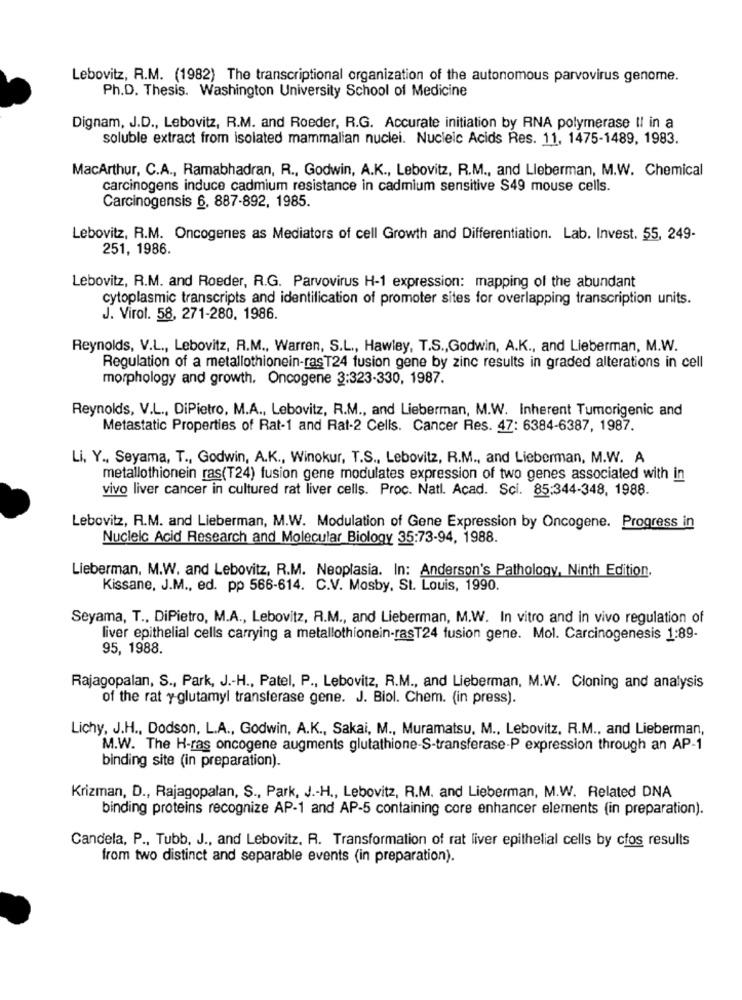
Lebovitz, R.M. (1982) The transcriptional organization of the autonomous parvovirus genome.
Ph.D. Thesis. Washington University School of Medicine
Dignam, J.D ., Lebovitz, R.M. and Roeder, R.G. Accurate initiation by RNA polymerase Il in a
soluble extract from isolated mammalian nuclei. Nucleic Acids Res. 11, 1475-1489, 1983.
MacArthur, C.A ., Ramabhadran, R ., Godwin, A.K ., Lebovitz, R.M ., and Lieberman, M.W. Chemical
carcinogens induce cadmium resistance in cadmium sensitive S49 mouse cells.
Carcinogensis 6, 887-892, 1985.
Lebovitz, R.M. Oncogenes as Mediators of cell Growth and Differentiation. Lab. Invest. 55, 249-
251, 1986.
Lebovitz, R.M. and Roeder, R.G. Parvovirus H-1 expression: mapping of the abundant
cytoplasmic transcripts and identification of promoter sites for overlapping transcription units.
J. Virol. 58, 271-280, 1986.
Reynolds, V.L ., Lebovitz, R.M ., Warren, S.L ., Hawley, T.S ., Godwin, A.K ., and Lieberman, M.W.
Regulation of a metallothionein-rasT24 fusion gene by zinc results in graded alterations in cell
morphology and growth. Oncogene 3:323-330, 1987.
Reynolds, V.L ., DiPietro, M.A ., Lebovitz, R.M ., and Lieberman, M.W. Inherent Tumorigenic and
Metastatic Properties of Rat-1 and Rat-2 Cells. Cancer Res. 47: 6384-6387, 1987.
Li, Y ., Seyama, T ., Godwin, A.K ., Winokur, T.S ., Lebovitz, R.M ., and Lieberman, M.W. A
metallothionein ras(T24) fusion gene modulates expression of two genes associated with in
vivo liver cancer in cultured rat liver cells. Proc. Natl. Acad. Sci. 85:344-348, 1988.
Lebovitz, R.M. and Lieberman, M.W. Modulation of Gene Expression by Oncogene. Progress in
Nucleic Acid Research and Molecular Biology 35:73-94, 1988.
Lieberman, M.W. and Lebovitz, R.M. Neoplasia. In: Anderson's Pathology, Ninth Edition.
Kissane, J.M ., ed. pp 566-614. C.V. Mosby, St. Louis, 1990.
Seyama, T ., DiPietro, M.A ., Lebovitz, R.M ., and Lieberman, M.W. In vitro and in vivo regulation of
liver epithelial cells carrying a metallothionein-rasT24 fusion gene. Mol. Carcinogenesis 1:89-
95, 1988.
Rajagopalan, S ., Park, J .- H ., Patel, P ., Lebovitz, R.M ., and Lieberman, M.W. Cloning and analysis
of the rat y-glutamyl transferase gene. J. Biol. Chem. (in press).
Lichy, J.H ., Dodson, L.A ., Godwin, A.K ., Sakai, M ., Muramatsu, M ., Lebovitz, R.M ., and Lieberman,
M.W. The H-ras oncogene augments glutathione-S-transferase-P expression through an AP-1
binding site (in preparation).
Krizman, D ., Rajagopalan, S ., Park, J .- H ., Lebovitz, R.M. and Lieberman, M.W. Related DNA
binding proteins recognize AP-1 and AP-5 containing core enhancer elements (in preparation).
Candela, P ., Tubb, J ., and Lebovitz, R. Transformation of rat liver epithelial cells by cfos results
from two distinct and separable events (in preparation).